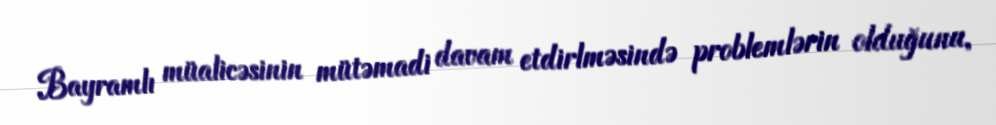
Bayramlı müalicəsinin mütəmadi davam etdirlməsində problemlərin olduğunu,